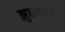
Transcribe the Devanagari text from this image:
झुकणार्‍या